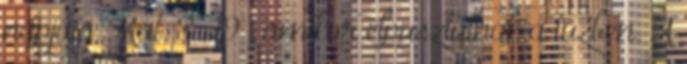
napjáig Mát. 8:29 , amikor elpusztulnak a tűzben. A